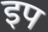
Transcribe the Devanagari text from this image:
इप